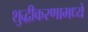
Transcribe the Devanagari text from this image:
शुद्धीकरणामध्ये